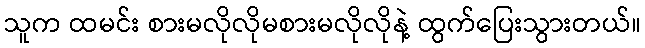
သူက ထမင်း စားမလိုလိုမစားမလိုလိုနဲ့ ထွက်ပြေးသွားတယ်။